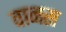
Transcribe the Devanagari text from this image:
वानस